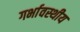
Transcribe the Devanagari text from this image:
गर्भावस्थीय